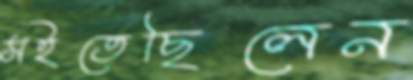
সইতেছিলেন